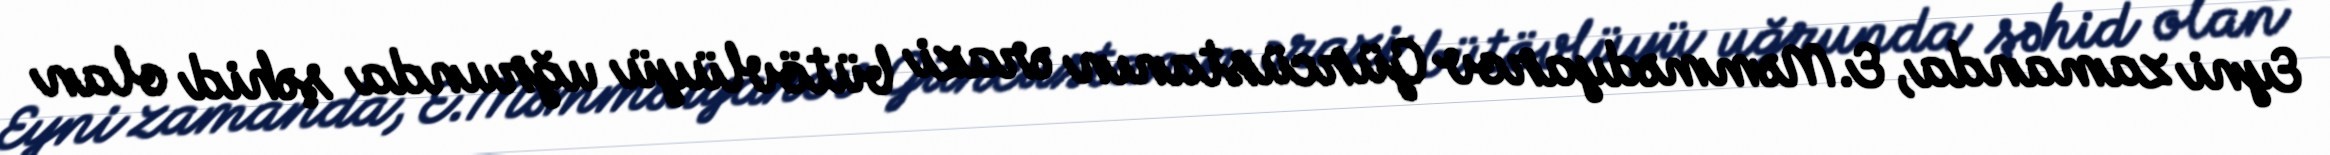
Eyni zamanda, E.Məmmədyarov Gürcüstanın ərazi bütövlüyü uğrunda şəhid olan